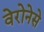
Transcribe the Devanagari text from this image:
वेरोनेसे